Tartu_linnavalitsus, lk 75
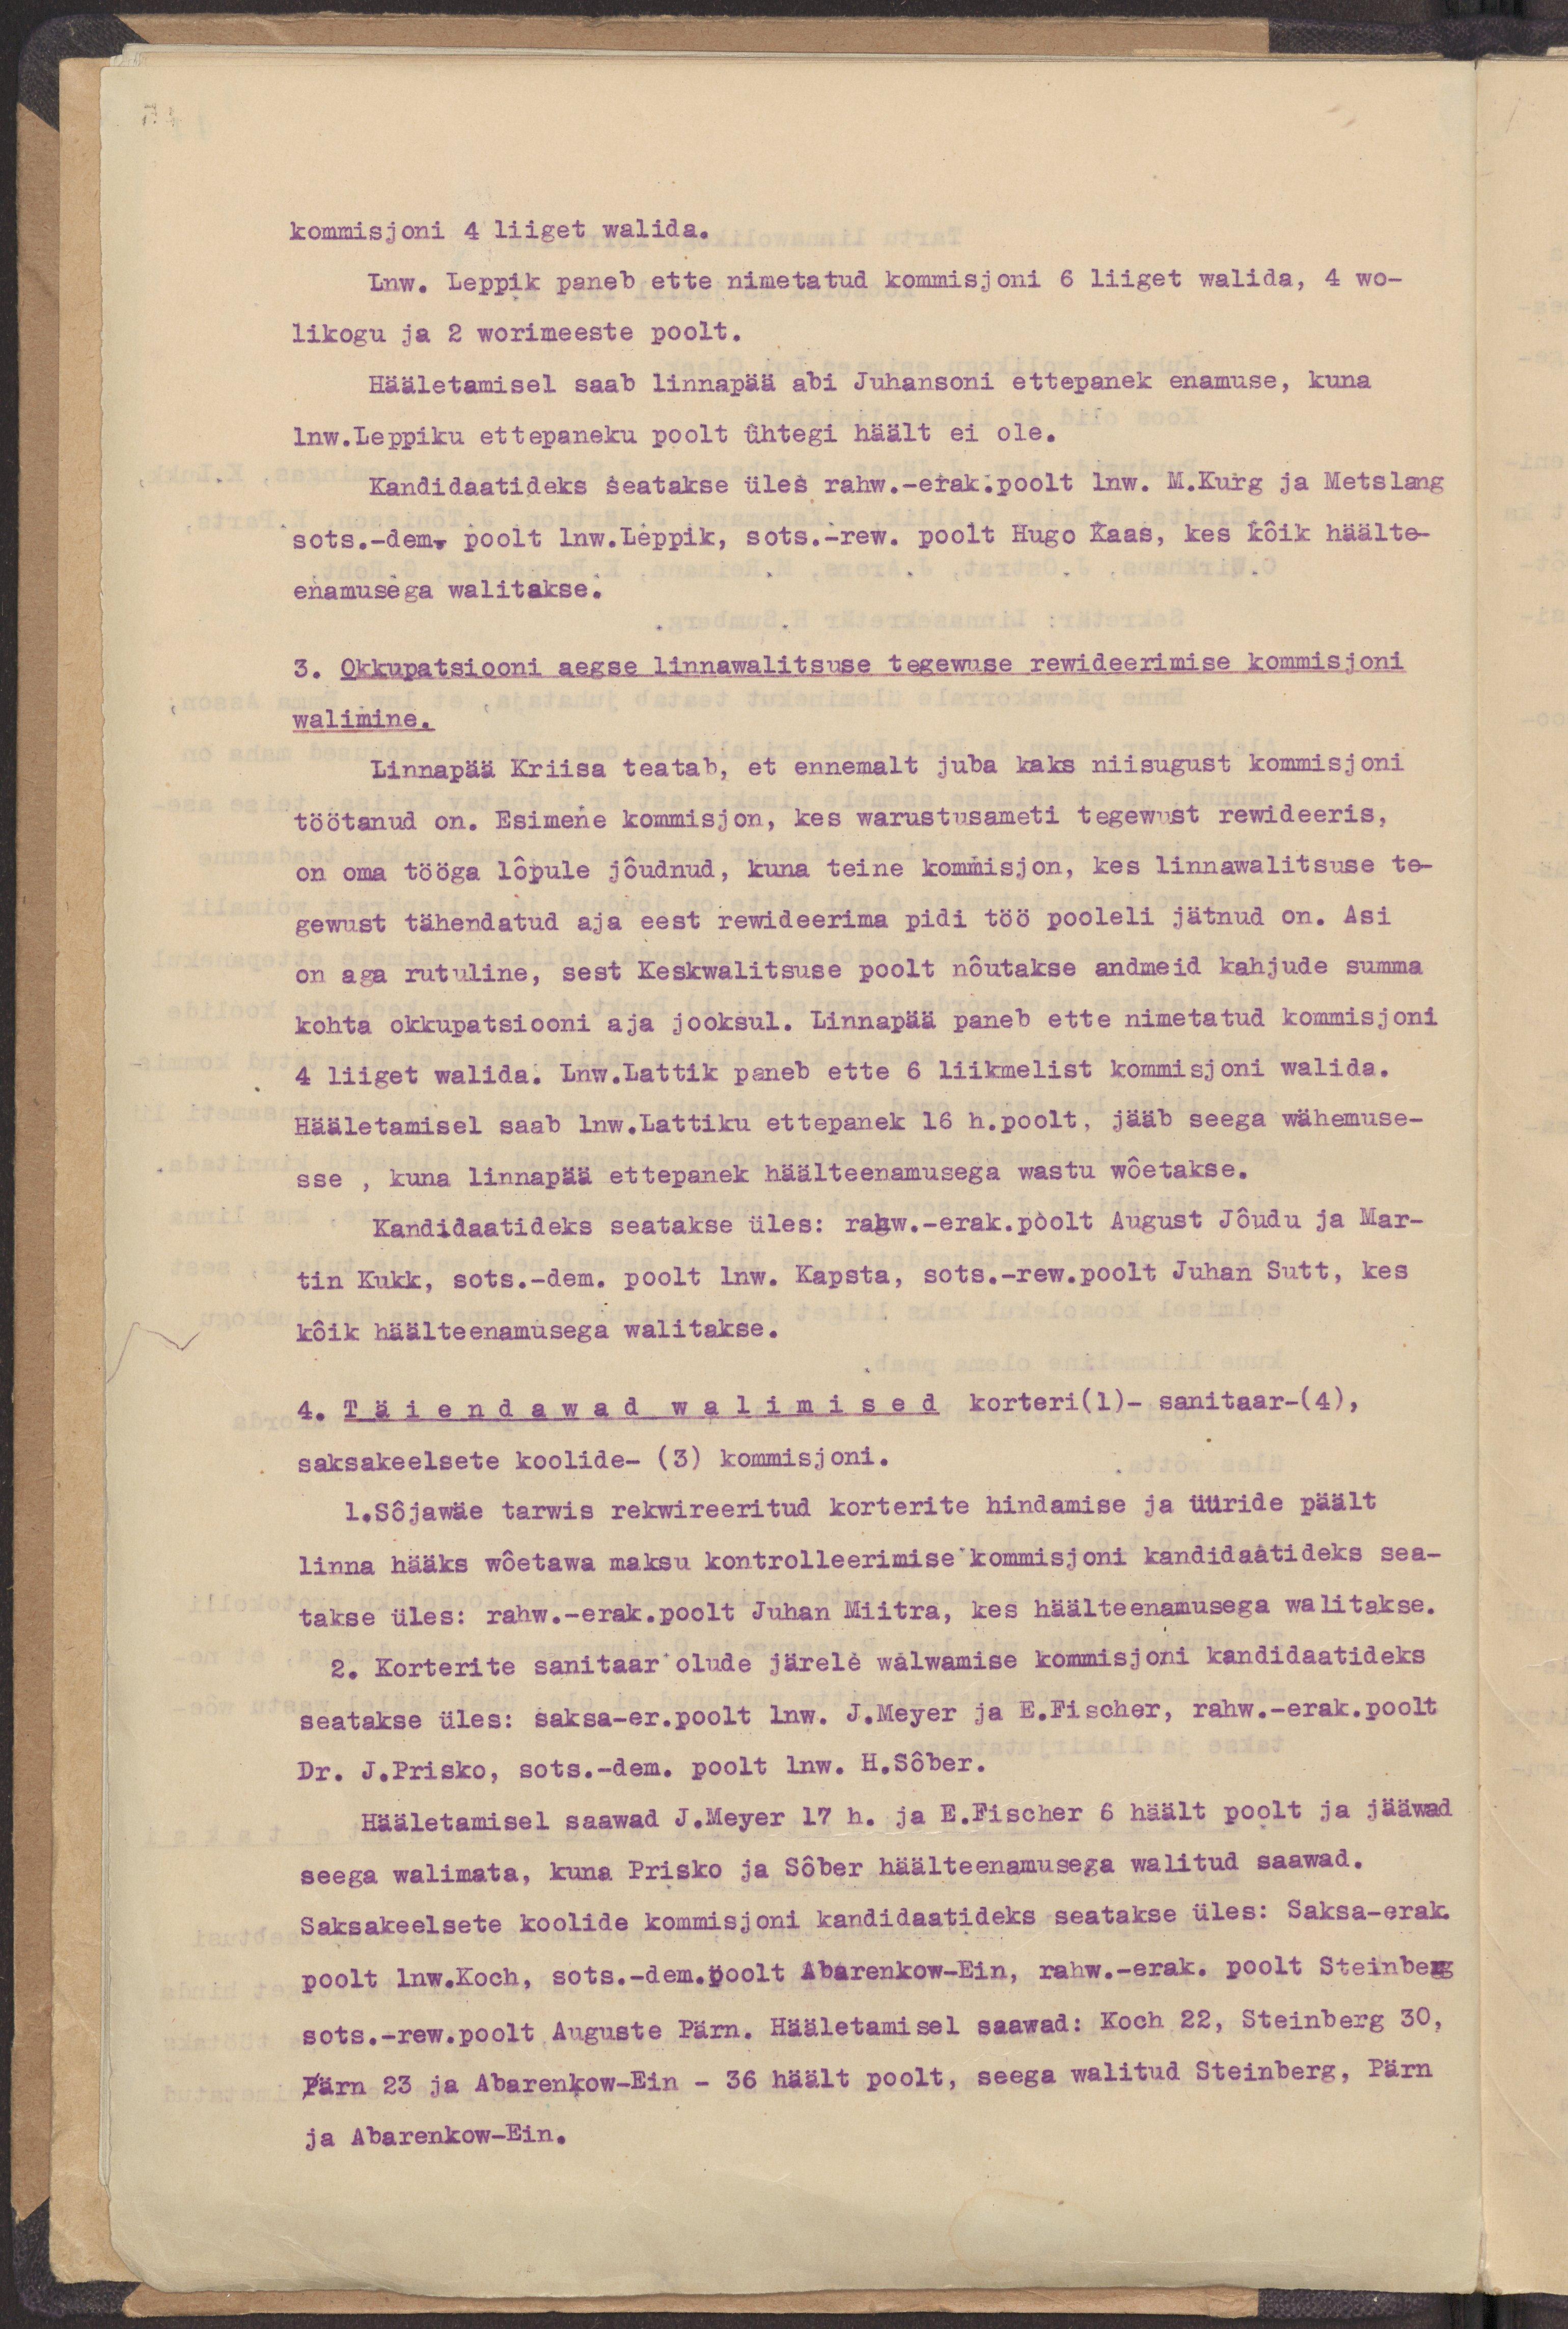
kommisjoni 4 liiget walida.
Lnw. Leppik paneb ette nimetatud kommisjoni 6 liiget walida, 4 wo-
likogu ja 2 woorimeeste poolt.
Hääletamisel saab linnapää abi Juhansoni ettepanek enamuse, kuna
lnw.Leppiku ettepaneku poolt ühtegi häält ei ole.
Kandidaatideks seatakse üles rahw.-erak.poolt lnw. M.Kurg ja Metslang
sots.-dem. poolt lnw.Leppik, sots.-rew. poolt Hugo Kaas, kes kõik häälte-
enamusega walitakse.
3. Okkupatsiooni aegse linnawalitsuse tegewuse rewideerimise kommisjoni
walimine.
Linnapää Kriisa teatab, et ennemalt juba kaks niisugust kommisjoni
töötanud on. Esimene kommisjon, kes warustusameti tegewust rewideeris,
on oma tööga lõpule jõudnud, kuna teine kommisjon, kes linnawalitsuse te-
gewust tähendatud aja eest rewideerima pidi töö pooleli jätnud on. Asi
on aga rutuline, sest Keskwalitsuse poolt nõutakse andmeid kahjude summa
kohta okkupatsiooni aja jooksul. Linnapää paneb ette nimetatud kommisjoni
4 liiget walida. Lnw.Lattik paneb ette 6 liikmelist kommisjoni walida.
Hääletamisel saab lnw.Lattiku ettepanek 16 h.poolt, jääb seega wähemuse-
sse, kuna linnapää ettepanek häälteenamusega wastu wõetakse.
Kandidaatideks seatakse üles: rahw.-erak.poolt August Jõudu ja Mar-
tin Kukk, sots.-dem. poolt lnw. Kapsta, sots.-rew.poolt Juhan Sutt, kes
kõik häälteenamusega walitakse.
4. Täiendawad walimised korteri(1)- sanitaar-(4),
saksakeelsete koolide- (3) kommisjoni.
1.Sõjawäe tarwis rekwideeritud korterite hindamise ja üüride päält
linna hääks wõetawa maksu kontrolleerimise kommisjoni kandidaatideks sea-
takse üles: rahw.-erak.poolt Juhan Miitra, kes häälteenamusega walitakse.
2. Korterite sanitaar olude järele walwamise kommisjoni kandidaatideks
seatakse üles: saksa-er.poolt lnw. J.Meyer ja E.Fischer, rahw.-erak.poolt
Dr. J.Prisko, sots.-dem. poolt lnw. H.Sõber.
Hääletamisel saawad J.Meyer 17 h. ja E.Fischer 6 häält poolt ja jääwad
seega walimata, kuna Prisko ja Sõber häälteenamusega walitud saawad.
Saksakeelsete koolide kommisjoni kandidaatideks seatakse üles: Saksa-erak.
poolt lnw.Koch, sots.-dem.poolt Abarenkow-Ein, rahw.-erak. poolt Steinberg
sots.-rew.poolt Auguste Pärn. Hääletamisel saawad: Koch 22, Steinberg 30,
Pärn 23 ja Abarenkow-Ein - 36 häält poolt, seega walitud Steinberg, Pärn
ja Abarenkow-Ein.